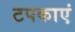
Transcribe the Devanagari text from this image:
टपकाएं